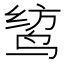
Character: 𫛯